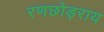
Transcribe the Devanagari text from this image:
रणछोड़राय